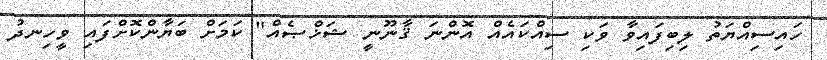
ހައިސިއްޔަތު ލިބިފައިވާ ވަކި ސިއްކައެއް އޮންނަ ޤާނޫނީ ޝަޚްޞެއް" ކަމަށް ބަޔާންކޮށްފައި ވީހިނދު